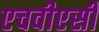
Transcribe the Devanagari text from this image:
एचवीएसी